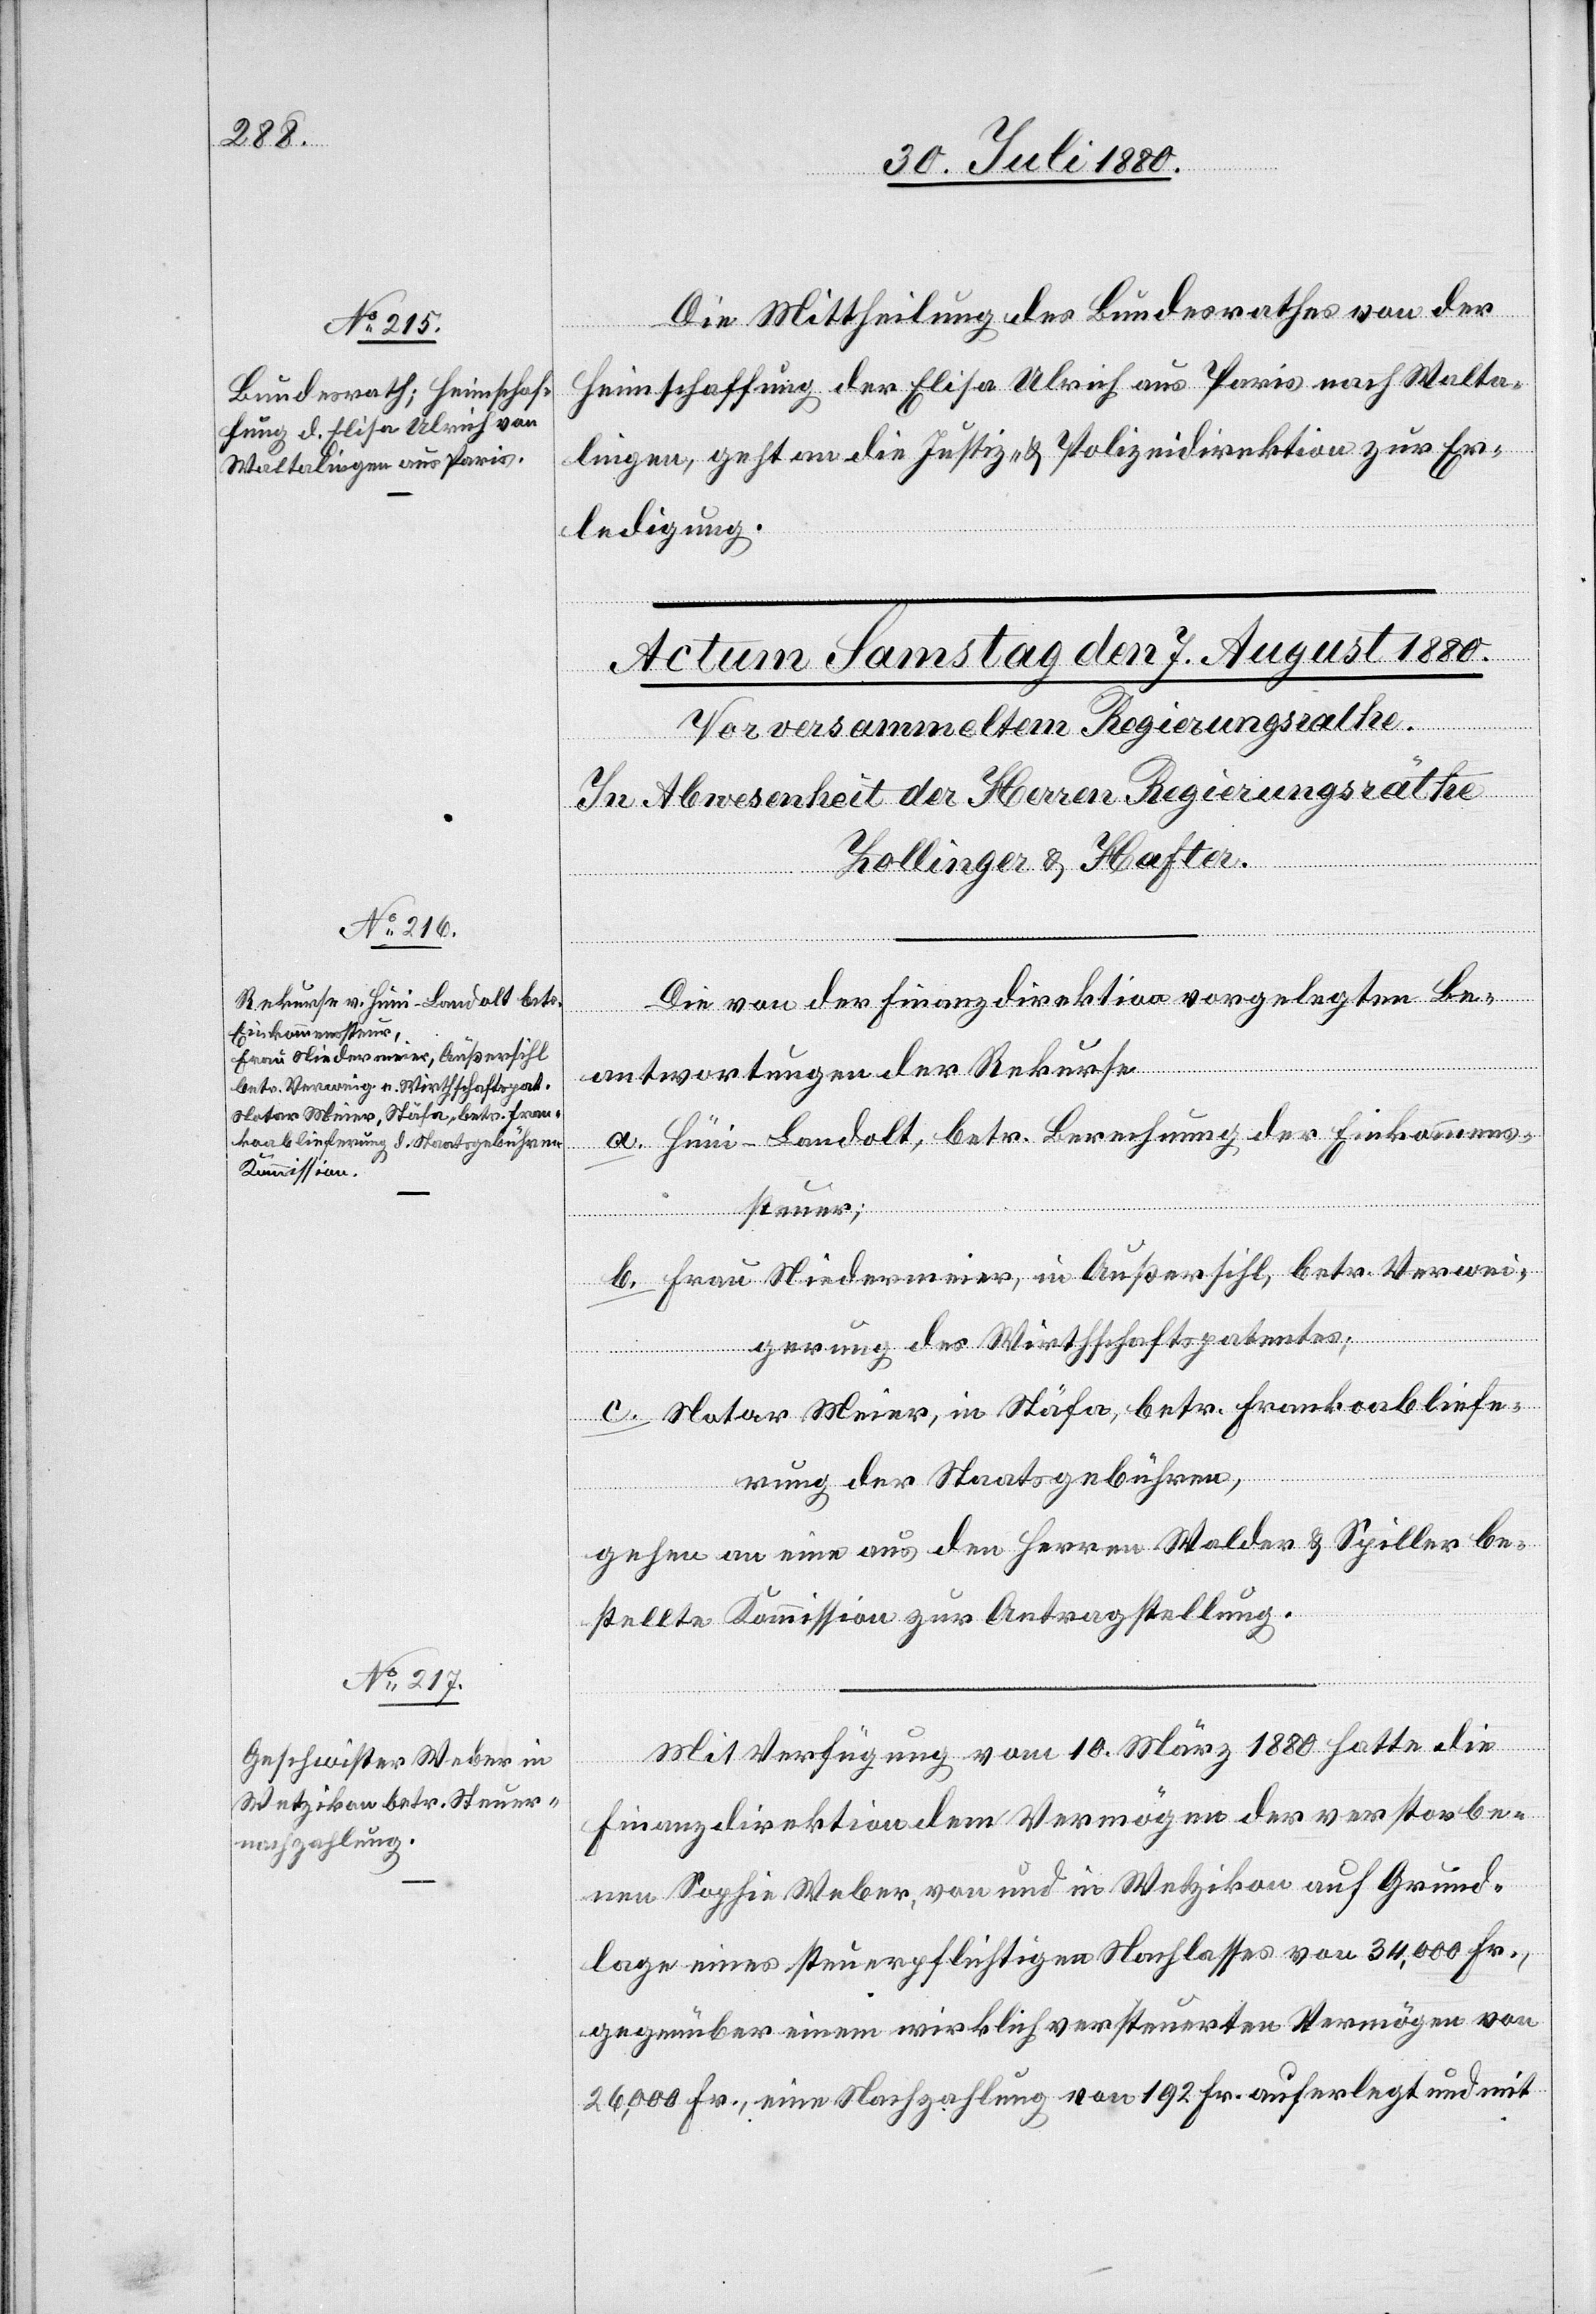
Die Mittheilung des Bundesrathes von der
Heimschaffung der Elise Ulrich aus Paris nach Walta¬
lingen, geht an die Justiz- & Polizeidirektion zur Er¬
ledigung.
Die von der Finanzdirektion vorgelegten Be¬
antwortungen der Rekurse
a. Hüni-Landolt, betr. Berechnung der Einkommens¬
steuer;
b. Frau Neidermeier, in Außersihl, betr. Verwei¬
gerung des Wirthschaftspatentes;
c. Notar Meier, in Stäfa, betr. Frankoabliefe¬
rung der Staatsgebühren
August
gehen an eine aus den Herren Walder & Spiller be¬
stellte Kommission zur Antragstellung.
Mit Verfügung vom 10. März 1880 hatte die
5.
Finanzdirektion dem Vermögen der verstorbe¬
nen Sophie Weber, von und in Wetzikon auf Grund¬
lage eines steuerpflichtigen Nachlasses von 34,000 Fr.,
gegenüber einem wirklich versteuerten Vermögen von
26,000 Fr., eine Nachzahlung von 192 Fr. auferlegt und mit